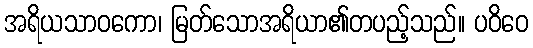
အရိယသာဝကော၊ မြတ်သောအရိယာ၏တပည့်သည်။ ပဝိဝေ